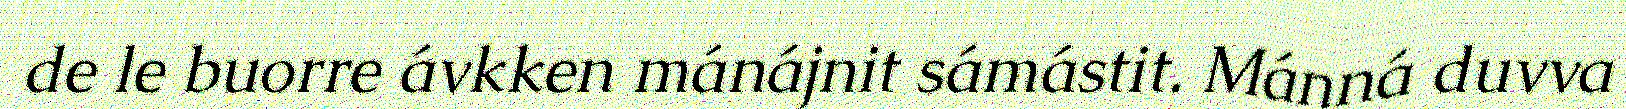
de le buorre ávkken mánájnit sámástit. Mánná duvva